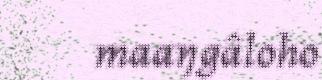
maaŋgâloho